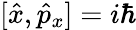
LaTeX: [{\hat{x}},{\hat{p}}_{x}]=i\hbar